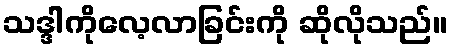
သဒ္ဒါကိုလေ့လာခြင်းကို ဆိုလိုသည်။